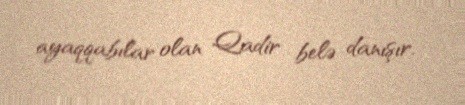
ayaqqabılar olan Qadir belə danışır.